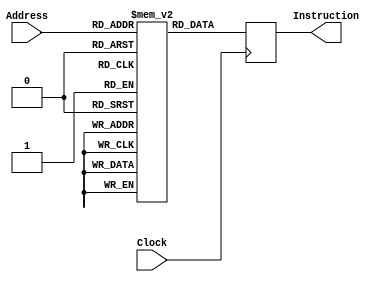
////////////////////////////////////////////////////////////////////////////////
// 2ECOM.023 - Laboratorio de Arquitetura e Organizacao de Computadores 1
// Modulo - ROM.v
// Descricao - Memoria de Instrucao
//
// Entradas:
// Address: E o endereco vindo do PC, a entrada e em 8 bits.
// Clock: Define se as altercoes ocorrerao na borda de subida ou descida do sinal.
//
// Saidas:
// Instruction: Saida de 8 bits.
//
// Funcionamento: E uma memoria de instrucoes, ou seja, uma memoria ROM, onde
// os processos ja foram previamente gravados como esta abaixo. Nesse caso, para
// funcionar da maneira correta, devemos ter um endereco no qual sera obtido do 
// PC definindo qual posicao da memoria de instrucoes sera utilizada, por exemplo:
// Seja o endereco obtido de PC o valor 18 em binario, ou seja, 10010; 
// Na memoria da instrucao sera buscado a instrucao que esta na posicao 18, portanto, rom[10010] = rom[18];
// O resultado da porta instruction, que e a saida do sistema, serao os bits obtidos de rom[10010];
////////////////////////////////////////////////////////////////////////////////

module ROM (input Clock, input [7:0] Address, output reg [7:0] Instruction);
	reg       [7:0] rom[0:255];  
	
	initial begin
		Instruction <= 8'b00000000;
	end
	
	integer i;
	
	initial begin  
		rom[0] = 8'b00000000;  
		rom[1] = 8'b00001010;  
		rom[2] = 8'b01101000;  
		rom[3] = 8'b00001011;  
		rom[4] = 8'b01101001;  
		rom[5] = 8'b00001011; 
		rom[6] = 8'b01101010;  
		rom[7] = 8'b00000100;  
		rom[8] = 8'b00001111;  
		rom[9] = 8'b01011110;  
		rom[10] = 8'b10100111;  
		rom[11] = 8'b10101001;  
		rom[12] = 8'b11000100;  
		rom[13] = 8'b00000000; 
		rom[14] = 8'b11001001;  
		rom[15] = 8'b11001110;  
		rom[16] = 8'b00000000; 
		rom[17] = 8'b11010101;
		rom[18] = 8'b01100111; 
		rom[19] = 8'b10000101; 
		rom[20] = 8'b00111000; 
		rom[21] = 8'b01101001; 
		rom[22] = 8'b10000110; 
		rom[23] = 8'b00111001; 
		rom[24] = 8'b01100110; 
		rom[25] = 8'b10000111; 
		rom[26] = 8'b00010110; 
		rom[27] = 8'b11010011; 
		rom[28] = 8'b00000000;
		rom[29] = 8'b11000110; 
		rom[30] = 8'b11010000; 
		rom[31] = 8'b10001000; 
		rom[32] = 8'b00001000; 
		rom[33] = 8'b01101000; 
		rom[34] = 8'b00010101; 
		rom[35] = 8'b11011001; 
		rom[36] = 8'b00000000; 
		rom[37] = 8'b11100000; 
	end 
	initial begin
		for (i = 38; i < 256; i = i + 1) begin
			rom[i] <= 8'b00000000;
		end
	end	
	always @(posedge Clock) begin
		Instruction <= rom[Address];
	end 	
endmodule